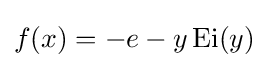
f(x)=-e-y\operatorname {Ei} (y)